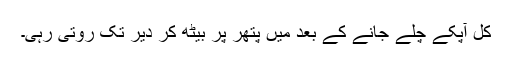
کل آپکے چلے جانے کے بعد میں پتھر پر بیٹھ کر دیر تک روتی رہی۔